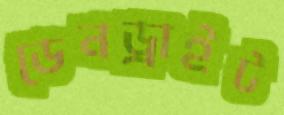
ডেনড্রাইট